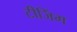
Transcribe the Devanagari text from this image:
टीजिंग